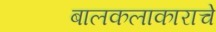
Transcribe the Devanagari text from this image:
बालकलाकाराचे